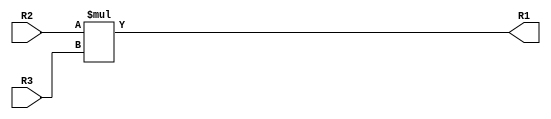
module multiplier (R1,R2,R3);

    input [31:0] R2,R3;
    output [31:0] R1;

    assign R1 = R2*R3;
    
endmodule